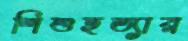
শিশুহত্যার